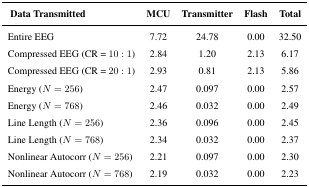
| Data Transmitted | MCU | Transmitter | Flash | Total |
 | --- | --- | --- | --- | --- |
 | Entire EEG | 7.72 | 24.78 | 0.00 | 32.50 |
 | Compressed EEG (CR = 10 : 1) | 2.84 | 1.20 | 2.13 | 6.17 |
 | Compressed EEG (CR = 20 : 1) | 2.93 | 0.81 | 2.13 | 5.86 |
 | Energy (N = 256) | 2.47 | 0.097 | 0.00 | 2.57 |
 | Energy (N = 768) | 2.46 | 0.032 | 0.00 | 2.49 |
 | Line Length (N = 256) | 2.36 | 0.096 | 0.00 | 2.45 |
 | Line Length (N = 768) | 2.34 | 0.032 | 0.00 | 2.37 |
 | Nonlinear Autocorr (N = 256) | 2.21 | 0.097 | 0.00 | 2.30 |
 | Nonlinear Autocorr (N = 768) | 2.19 | 0.032 | 0.00 | 2.23 |